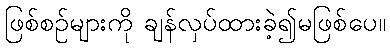
ဖြစ်စဉ်များကို ချန်လှပ်ထားခဲ့၍မဖြစ်ပေ။